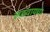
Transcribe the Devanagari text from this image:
लढवायचा